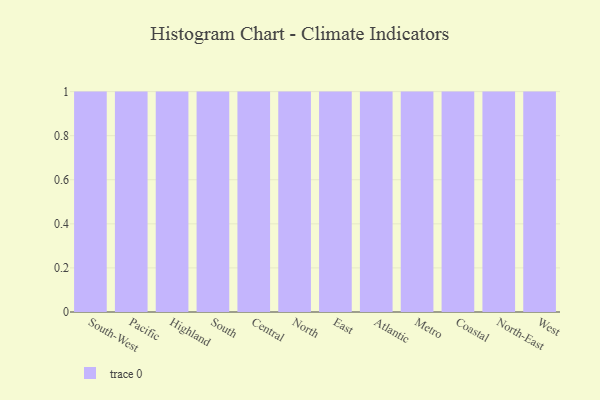
{"axis": {"x": "Region", "y": "LTV (USD)"}, "legend": [""], "data": [{"x": "South-West", "y": 7, "type": ""}, {"x": "Pacific", "y": 96, "type": ""}, {"x": "Highland", "y": 67, "type": ""}, {"x": "South", "y": 49, "type": ""}, {"x": "Central", "y": 58, "type": ""}, {"x": "North", "y": 100, "type": ""}, {"x": "East", "y": 64, "type": ""}, {"x": "Atlantic", "y": 98, "type": ""}, {"x": "Metro", "y": 52, "type": ""}, {"x": "Coastal", "y": 69, "type": ""}, {"x": "North-East", "y": 99, "type": ""}, {"x": "West", "y": 70, "type": ""}]}